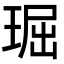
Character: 㻕